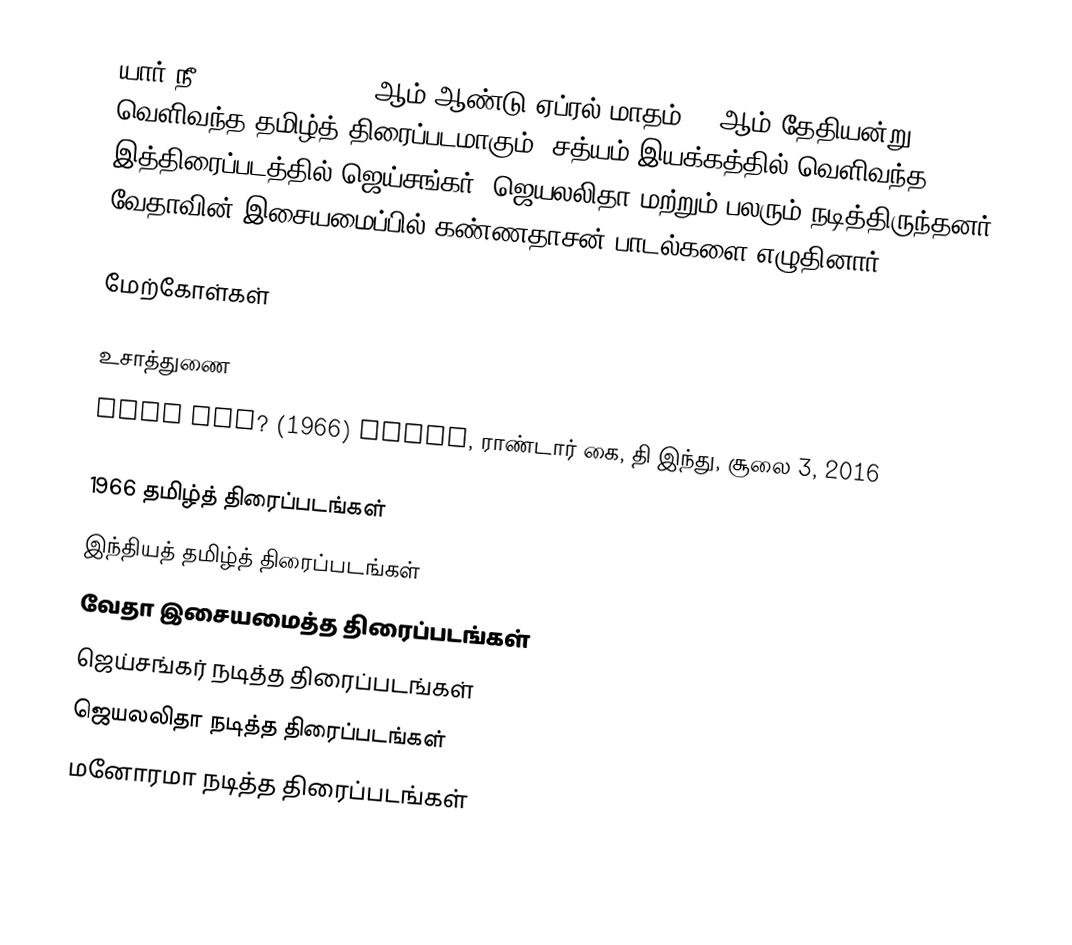
யார் நீ (Yaar Nee?) 1966 ஆம் ஆண்டு ஏப்ரல் மாதம் 14 ஆம் தேதியன்று வெளிவந்த தமிழ்த் திரைப்படமாகும். சத்யம் இயக்கத்தில் வெளிவந்த இத்திரைப்படத்தில் ஜெய்சங்கர், ஜெயலலிதா மற்றும் பலரும் நடித்திருந்தனர். வேதாவின் இசையமைப்பில் கண்ணதாசன் பாடல்களை எழுதினார்.

மேற்கோள்கள்

உசாத்துணை
Yaar Nee? (1966) TAMIL, ராண்டார் கை, தி இந்து, சூலை 3, 2016

1966 தமிழ்த் திரைப்படங்கள்
இந்தியத் தமிழ்த் திரைப்படங்கள்
வேதா இசையமைத்த திரைப்படங்கள்
ஜெய்சங்கர் நடித்த திரைப்படங்கள்
ஜெயலலிதா நடித்த திரைப்படங்கள்
மனோரமா நடித்த திரைப்படங்கள்